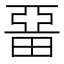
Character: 𤲢